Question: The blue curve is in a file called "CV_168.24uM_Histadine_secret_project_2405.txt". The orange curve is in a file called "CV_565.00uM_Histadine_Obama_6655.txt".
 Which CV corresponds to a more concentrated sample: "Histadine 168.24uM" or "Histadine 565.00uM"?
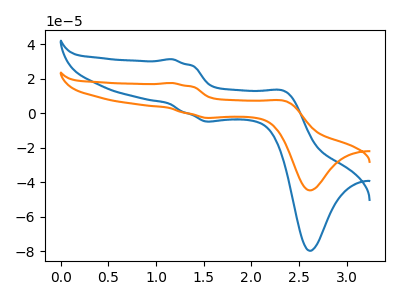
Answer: <think>The blue curve "Histadine 168.24uM" has anodic peaks at (1.15V, 31.35uA) (2.35V, 12.55uA) and cathodic peaks at (1.55V, -4.75uA) (2.60V, -79.65uA). The orange curve "Histadine 565.00uM" has anodic peaks at (1.15V, 17.55uA) (2.35V, 7.05uA) and cathodic peaks at (1.55V, -2.70uA) (2.60V, -44.65uA).
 All the peaks in "Histadine 168.24uM" have a peak in "Histadine 565.00uM" at the same potential. Every peak in "Histadine 168.24uM" is higher than every peak in "Histadine 565.00uM".</think>
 <answer>"Histadine 168.24uM" has more signal than "Histadine 565.00uM" and so likely has a higher concentration.</answer>
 <eval>more_concentration</eval>